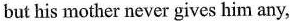
but his mother never gives him any,